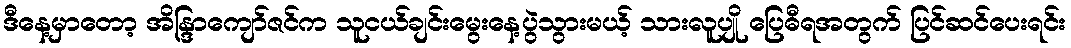
ဒီနေ့မှာတော့ အိန္ဒြာကျော်ဇင်က သူငယ်ချင်းမွေးနေ့ပွဲသွားမယ့် သားလူပျို ပြေဓီရအတွက် ပြင်ဆင်ပေးရင်း